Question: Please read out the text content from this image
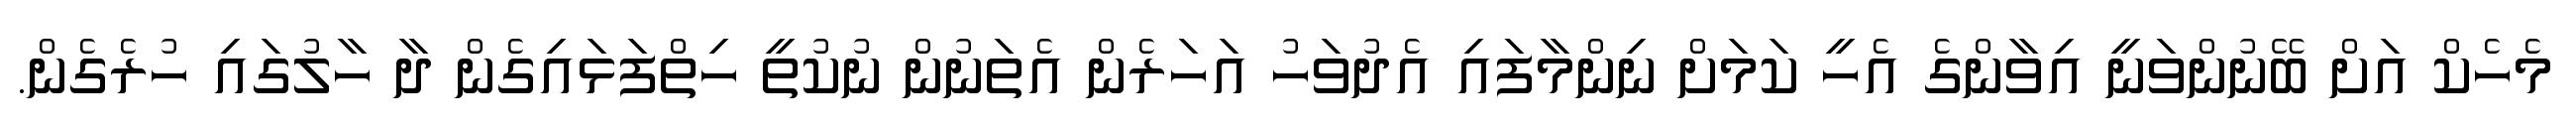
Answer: މެހެކް އަށް ބޭނުންވަނީ އިވާންގެ އެހީ ކަމަށް ނިންމާފައި އެދުވަހު އަހަރެން އެތަނުން ނުކުތީ ހިތްފަޅައިގެން ދާ ހާލުގައި ހުރެގެން.